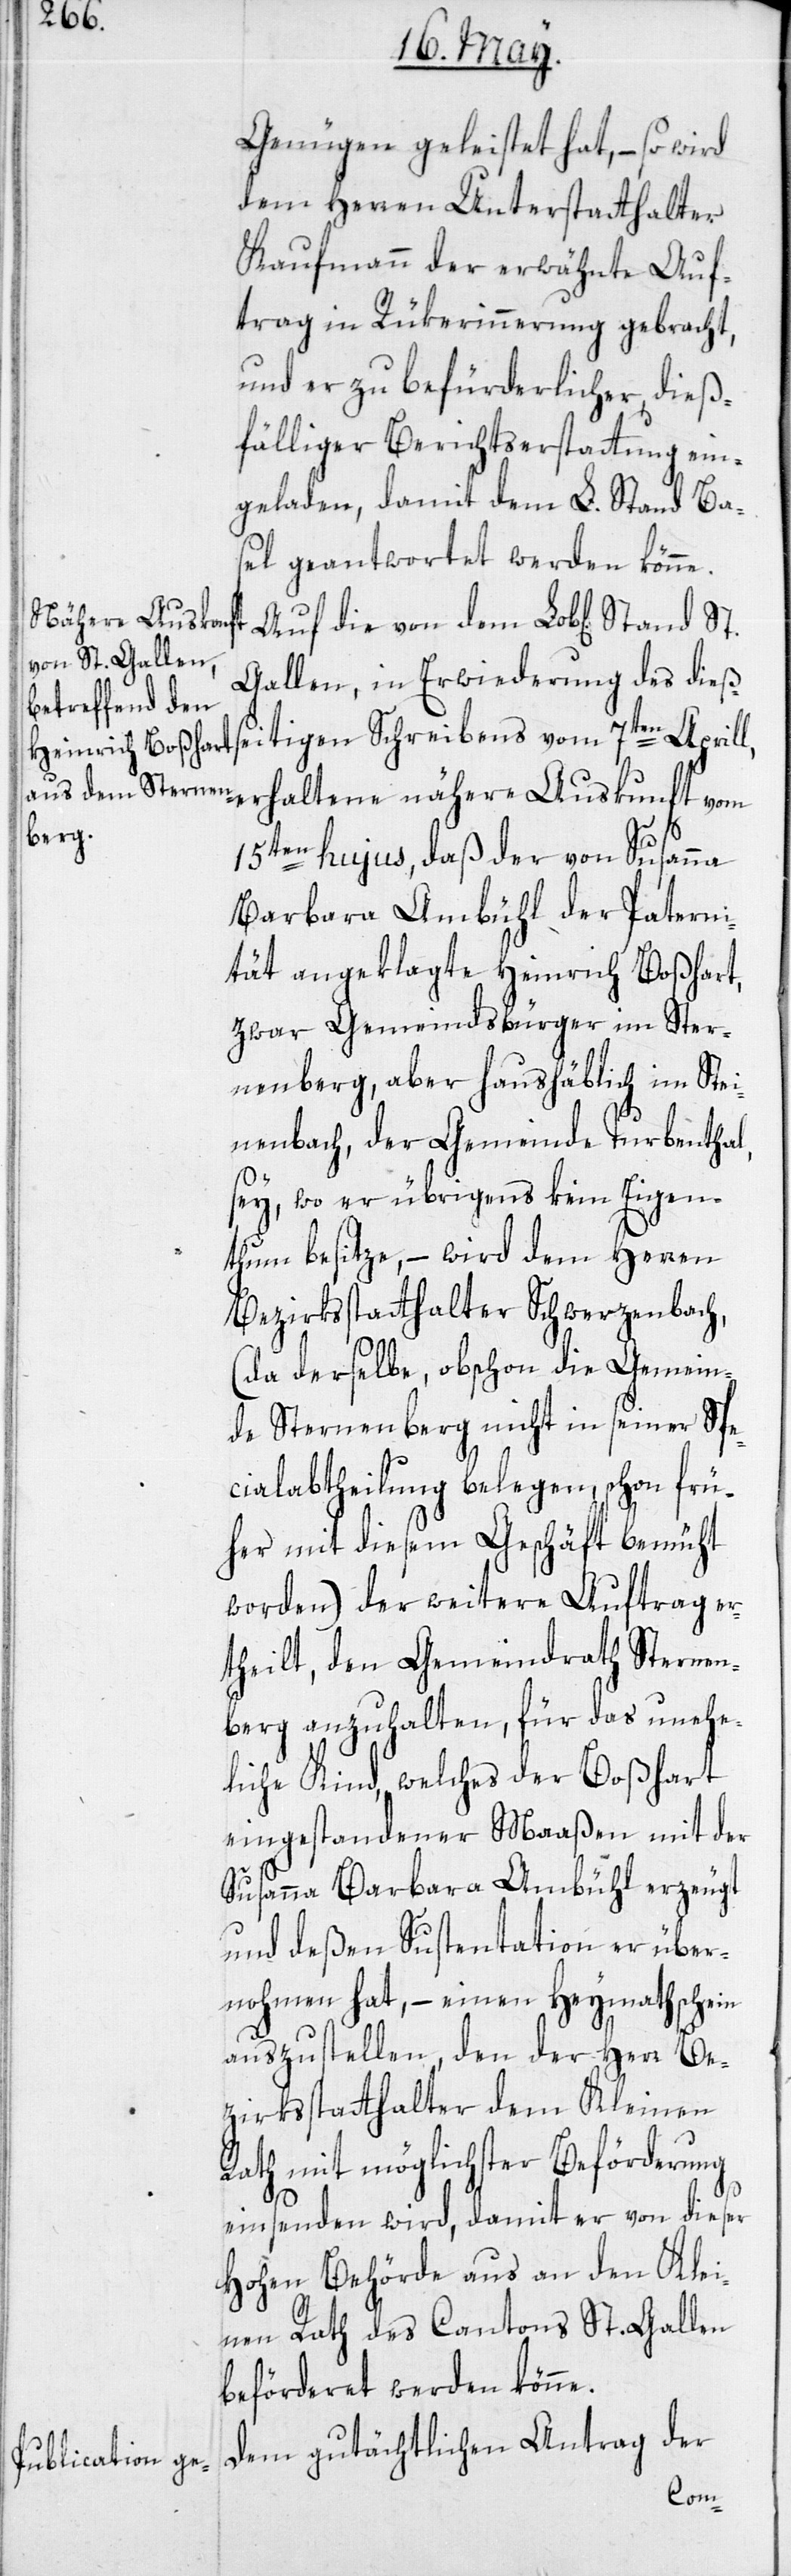
Genügen geleistet hat, – so wird
dem Herren Unterstatthalter
Kaufmann der erwähnte Auf¬
trag in Rückerinnerung gebracht,
und er zu befürderlicher, dieß¬
fälliger Berichtserstattung ein¬
geladen, damit dem L. Stand Ba¬
sel geantwortet werden könne.
Gallen, in Erwiederung des dieß¬
seitigen Schreibens vom 7ten Aprill,
15ten hujus, daß der von Susanna
Barbara Ambühl der Paterni¬
tät angeklagte Heinrich Boßhart,
zwar Gemeindsbürger im Ster¬
nenberg, aber haushäblich im Stei¬
nenbach, der Gemeinde Turbenthal,
sey, wo er übrigens kein Eigen¬
thum besitze, – wird dem Herren
Bezirksstatthalter Schwerzenbach,
(da derselbe, obschon die Gemein¬
de Sternenberg nicht in seiner Spe¬
cialabtheilung belegen, schon frü¬
her mit diesem Geschäft bemüht
worden) der weitere Auftrag er¬
theilt, den Gemeindrath Sternen¬
berg anzuhalten, für das unehe¬
liche Kind, welches der Boßhart
eingestandener Maaßen mit der
Susanna Barbara Ambühl erzeugt
und deßen Sustentation er über¬
nohmen hat, – einen Heymathschein
auszustellen, den der Herr Be¬
zirksstatthalter dem Kleinen
Rath mit möglichster Beförderung
einsenden wird, damit er von dieser
Hohen Behörde aus an den Klei¬
nen Rath des Cantons St. Gallen
beförderet werden könne.
Dem gutächtlichen Antrag der